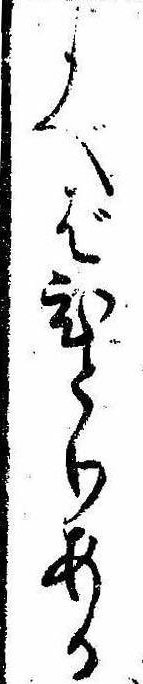
よべばひとりある